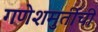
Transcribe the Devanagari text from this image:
गणेशमुर्तीची